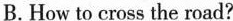
B. How to cross the road?